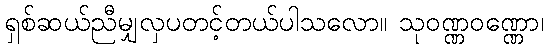
ရှစ်ဆယ်ညီမျှလှပတင့်တယ်ပါသလော။ သုဝဏ္ဏဝဏ္ဏော၊